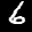
Label: 6